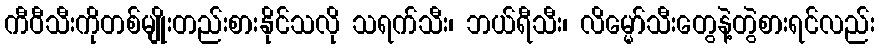
ကီဝီသီးကိုတစ်မျိုးတည်းစားနိုင်သလို သရက်သီး၊ ဘယ်ရီသီး၊ လိမ္မော်သီးတွေနဲ့တွဲစားရင်လည်း